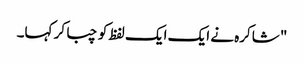
" شاکرہ نے ایک ایک لفظ کو چبا کر کہا۔